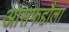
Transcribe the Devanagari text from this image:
आसफद्दौला